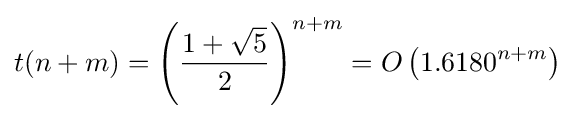
t(n+m)=\left({\frac {1+{\sqrt {5}}}{2}}\right)^{n+m}=O\left(1.6180^{n+m}\right)